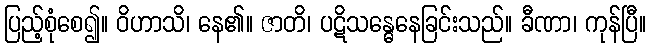
ပြည့်စုံစေ၍။ ဝိဟာသိ၊ နေ၏။ ဇာတိ၊ ပဋိသန္ဓေနေခြင်းသည်။ ခီဏာ၊ ကုန်ပြီ။